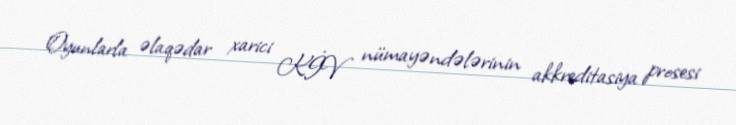
Oyunlarla əlaqədar xarici KİV nümayəndələrinin akkreditasiya prosesi